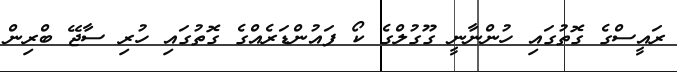
ރައީސްގެ ގޮތުގައި ހުންނާނީ ގޫގުލްގެ ކޯ ފައުންޑަރެއްގެ ގޮތުގައި ހުރި ސާޖޭ ބްރިން